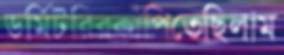
ডর্মিটরিরকাঁপিতেছিলাম